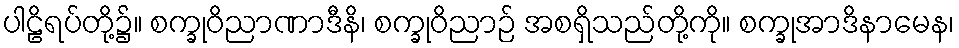
ပါဠိရပ်တို့၌။ စက္ခုဝိညာဏာဒီနိ၊ စက္ခုဝိညာဉ် အစရှိသည်တို့ကို။ စက္ခုအာဒိနာမေန၊